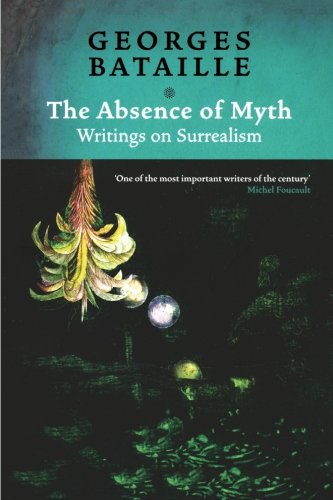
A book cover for The Absence of Myth: Writings on Surrealism; Georges Bataille; Politics & Social Sciences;